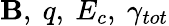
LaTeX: \mathbf{B},\ q,\ E_{c},\ \gamma_{tot}